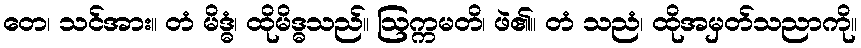
တေ၊ သင်အား။ တံ မိဒ္ဓံ၊ ထိုမိဒ္ဓသည်။ ဩက္ကမတိ၊ ဖဲ၏။ တံ သညံ၊ ထိုအမှတ်သညာကို။